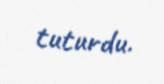
tuturdu.